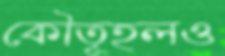
কৌতূহলও